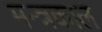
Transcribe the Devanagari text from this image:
मन्त्रकाल